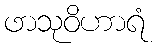
ဖာသုဝိဟာရံ